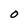
Character: 0